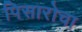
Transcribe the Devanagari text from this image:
पिसारोचा